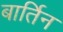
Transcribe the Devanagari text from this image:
बार्तिन